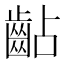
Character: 𪗦